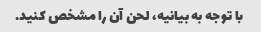
با توجه به بیانیه، لحن آن را مشخص کنید.